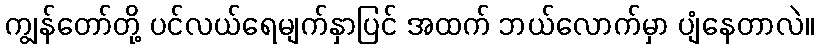
ကျွန်တော်တို့ ပင်လယ်ရေမျက်နှာပြင် အထက် ဘယ်လောက်မှာ ပျံနေတာလဲ။